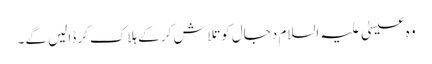
وہ عیسیٰ علیہ السلام دجال کوتلاش کر کے ہلاک کر ڈالیں گے۔